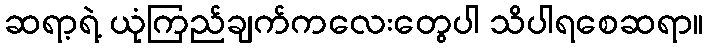
ဆရာ့ရဲ့ ယုံကြည်ချက်ကလေးတွေပါ သိပါရစေဆရာ။